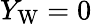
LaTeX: Y_{\mathrm{W}}=0